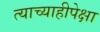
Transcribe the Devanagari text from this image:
त्याच्याहीपेक्षा